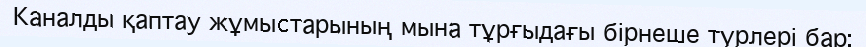
Каналды қаптау жұмыcтарының мына тұрғыдағы бірнеше түрлері бар: